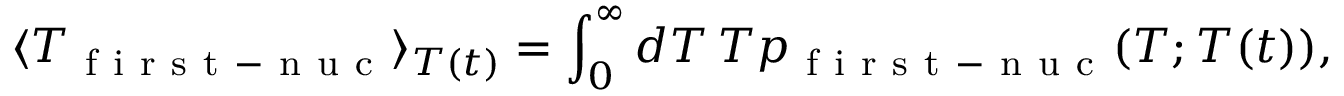
\langle T _ { \mathrm { ~ f ~ i ~ r ~ s ~ t ~ - ~ n ~ u ~ c ~ } } \rangle _ { T ( t ) } = \int _ { 0 } ^ { \infty } d T \, T p _ { \mathrm { ~ f ~ i ~ r ~ s ~ t ~ - ~ n ~ u ~ c ~ } } ( T ; T ( t ) ) ,